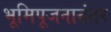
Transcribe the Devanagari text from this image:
भूमिपूजनानंतर